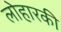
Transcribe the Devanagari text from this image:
लोहारकी